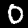
Digit: 0